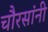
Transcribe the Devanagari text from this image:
चौरसांनी